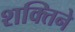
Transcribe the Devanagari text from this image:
शक्तिने